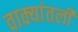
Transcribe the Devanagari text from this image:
वाक्यांतली